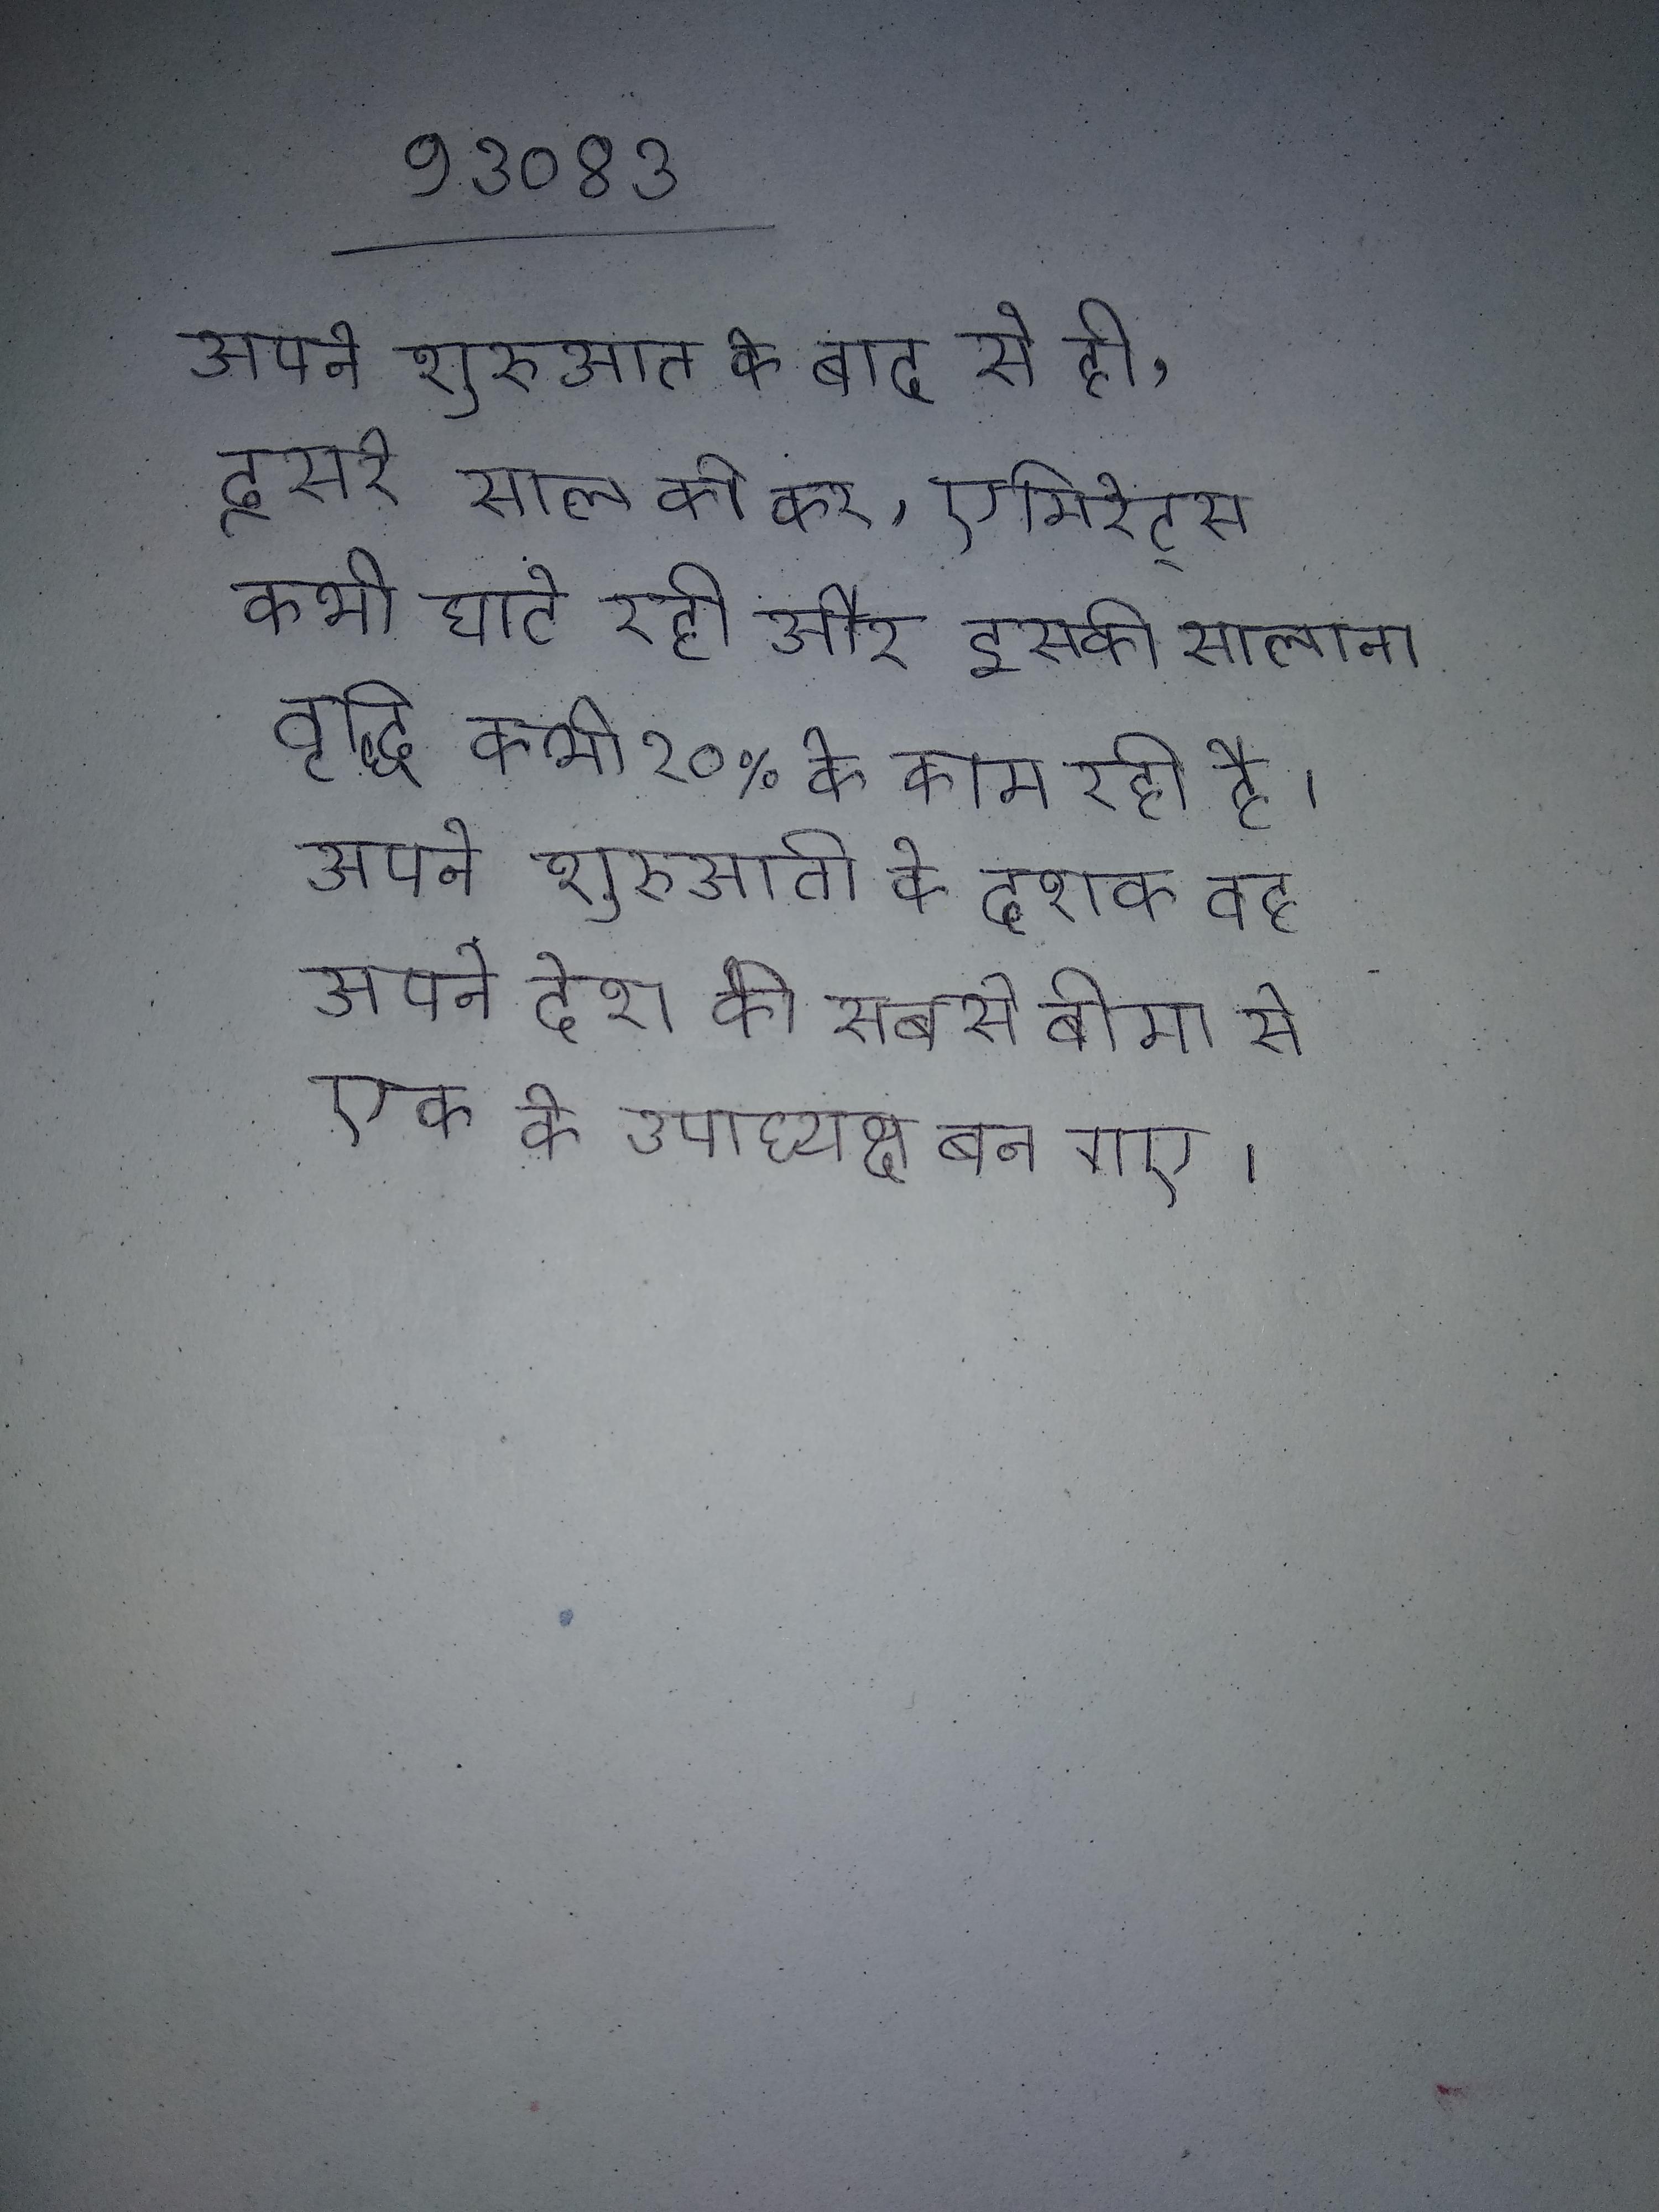
अपने शुरुआत के बाद से ही, दूसरे साल को कर, एमिरेट्स कभी घाटे रही और इसकी सालाना वृद्धि कभी २०% के काम रही है । अपने शुरुआती के दशक वह अपने देश की सबसे बीमा से एक के उपाध्यक्ष बन गए ।